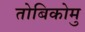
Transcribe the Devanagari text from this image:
तोबिकोमु